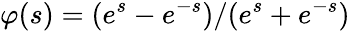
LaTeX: \varphi(s)=(e^{s}-e^{-s})/(e^{s}+e^{-s})